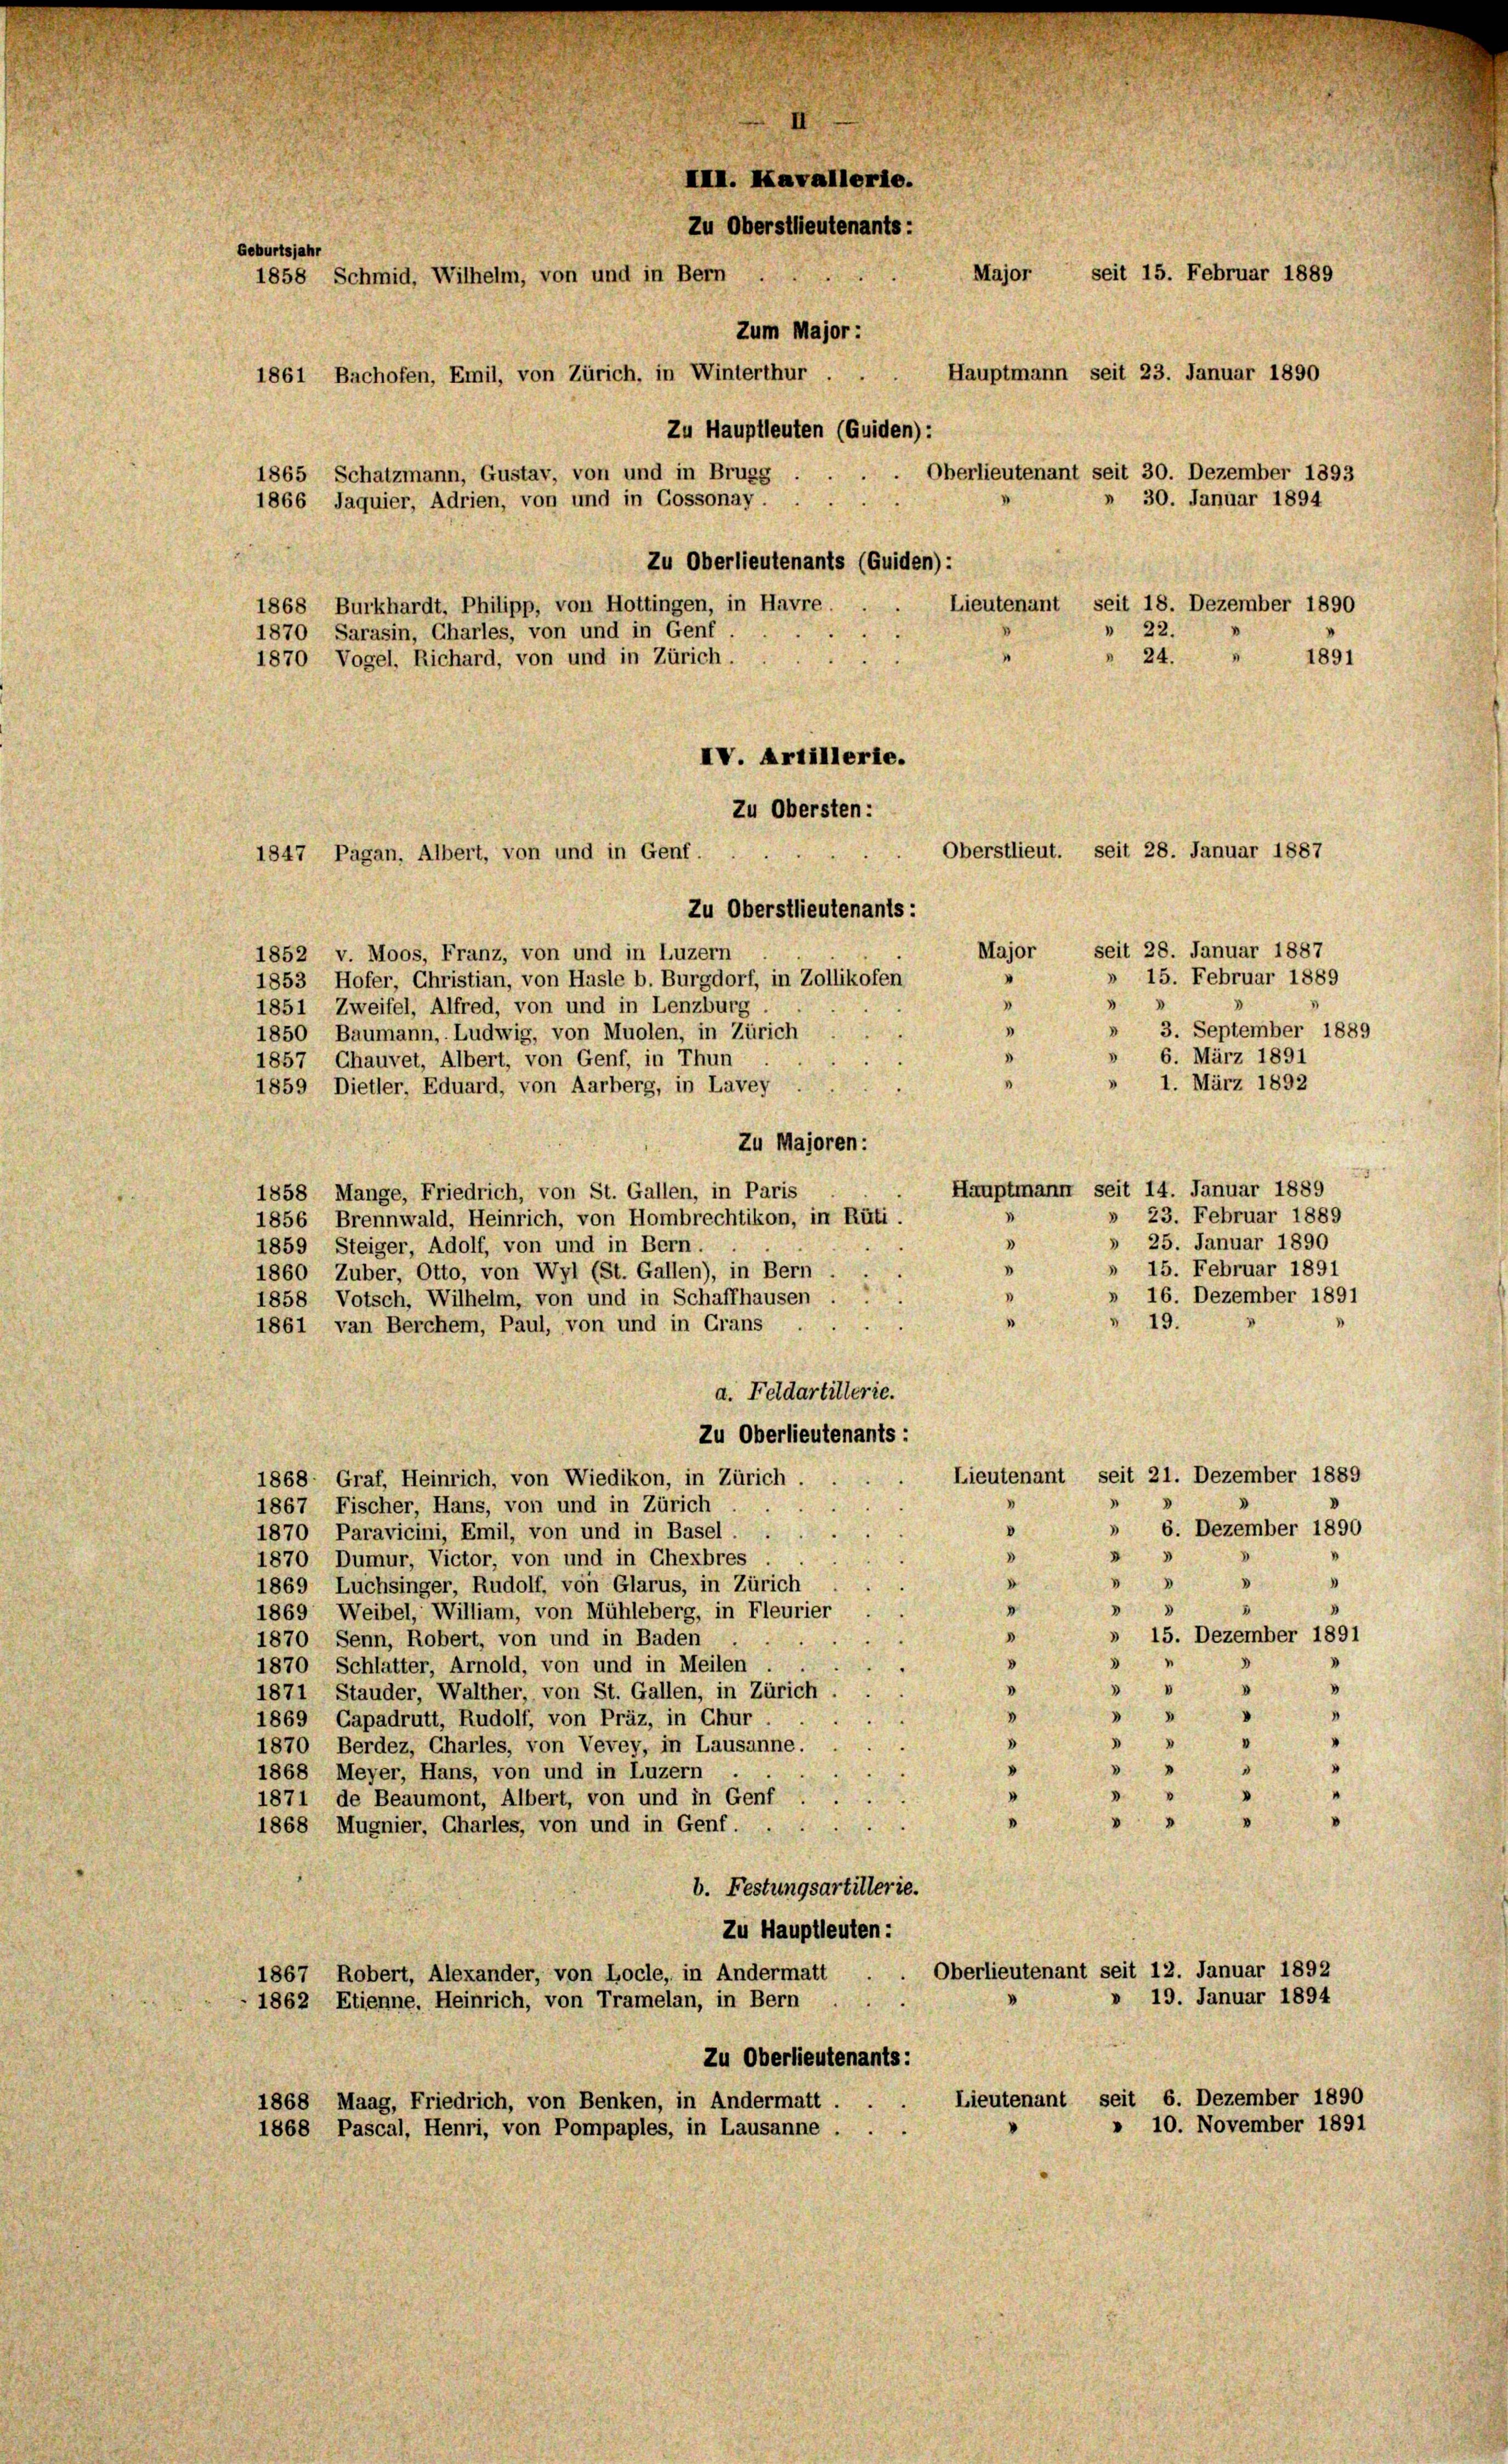
Zu Oberstlieutenants:
1852 v. Moos, Franz, von und in Luzern
.
1853 Hofer, Christian, von Hasle b. Burgdorf, in Zollikofen
"
.
1851 Zweifel, Alfred, von und in Lenzburg
.
» 3. September 18
1850 Baumann, Ludwig, von Muolen, in Zürich
D
» 6. März 1891
1857 Chauvet, Albert, von Genf, in Thun
“
n
1. März 1892
1859 Dietler, Eduard, von Aarberg, in Lavey
Zu Majoren:
Hauptmann seit 14. Januar 1889
1858 Mange, Friedrich, von St. Gallen, in Paris
» 23. Februar 1889
1
1856 Brennwald, Heinrich, von Hombrechtikon, in Rüti.
» 25. Januar 1890
»
1859 Steiger, Adolf, von und in Bern.
.
» 15. Februar 1891
1860 Zuber, Otto, von Wyl (St. Gallen), in Bern
» 16. Dezember 1891
1858 Votsch, Wilhelm, von und in Schaffhausen
 19.
o
1861 van Berchen, Paul, von und in Grans
a. Feldartillerie.
Zu Oberlieutenants:
Lieutenant seit 21. Dezember 188
1868; Graf, Heinrich, von Wiedikon, in Zürich
1867 Fischer, Hans, von und in Zürich
» 6. Dezember 189
0
1870 Paravicini, Emil, von und in Basel.
.

1870 Dumur, Victor, von und in Chexbres
d
.
3
3
1869 Luchsinger, Rudolf, von Glarus, in Zürich
4
3
1869 Weibel, William, von Mühleberg, in Fleurier
3
» 15. Dezember 189
1870 Senn, Robert, von und in Baden
"
d
d
1870 Schlatter, Arnold, von und in Meilen.
.
 4
1871 Stauder, Walther, von St. Gallen, in Zürich
“
“

v
1869 Capadrutt, Rudolf, von Präz, in Chur
.
"
1870 Berdez, Charles, von Vevey, in Lausanne.
"
8
1868 Meyer, Hans, von und in Luzern

3
1871 de Beaumont, Albert, von und in Genf
"
I
1868 Mugnier, Charles, von und in Genf. . .
b. Festungsartillerie.
Zu Hauptleuten:
Oberlieutenant seit 12. Januar 1892
1867 Robert, Alexander, von Locle, in Andermatt
» 19. Januar 1894
1862 Etienne, Heinrich, von Tramelan, in Bern
Zu Oberlieutenants:
Lieutenant seit 6. Dezember 1890
1868 Maag, Friedrich, von Benken, in Andermatt.
10. November 1891
1868 Pascal, Henri, von Pompaples, in Lausanne

III. Kavallerie.
Zu Oberstlieutenants:
Geburtsjahr
Major seit 15. Februar 1889
1858 Schmid, Wilhelm, von und in Bern
Zum Major :
Hauptmann seit 23. Januar 1890
1861 Bachofen, Emil, von Zürich, in Winterthur
Zu Hauptleuten (Guiden):
Oberlieutenant seit 30. Dezember 1893
u
1865 Schatzmann, Gustav, von und in Brugg
» 30. Januar 1894
1866 Jaquier, Adrien, von und in Gossonay.
Zu Oberlieutenants (Guiden):
Lieutenant seit 18. Dezember 1890
1868 Burkhardt, Philipp, von Hottingen, in Havre.
" 22.
1870 Sarasin, Charles, von und in Genf
» 24. " 1891
1870 Vogel, Richard, von und in Zürich.

Zu Obersten:
Oberstlieut. seit 28. Januar 1887
1847 Pagan, Albert, von und in Genf.

IV. Artillerie.

Major seit 28. Januar 1887
» 15. Februar 1889

1